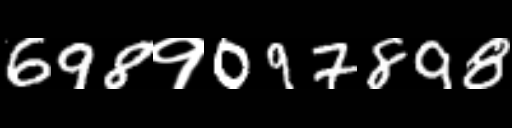
Text: 698१097898